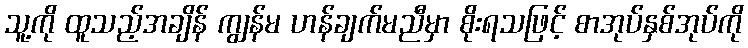
သူ့ကို ထူသည့်အချိန် ကျွန်မ ဟန်ချက်မညီမှာ စိုးရသဖြင့် စာအုပ်နှစ်အုပ်ကို